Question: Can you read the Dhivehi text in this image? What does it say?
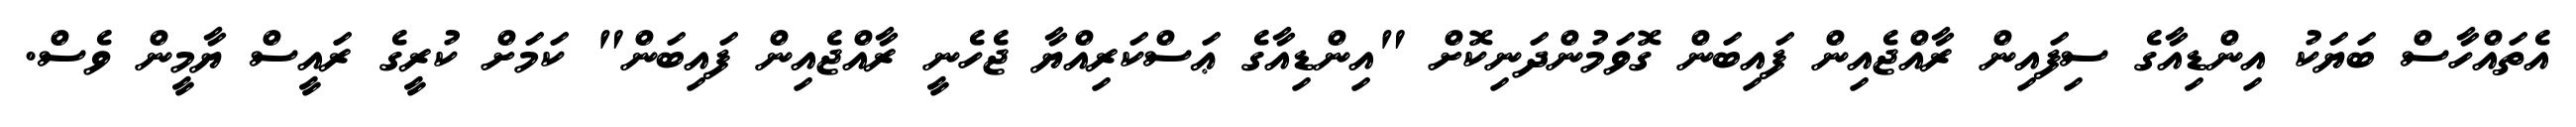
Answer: އެތައްހާސް ބަޔަކު އިންޑިއާގެ ސިފައިން ރާއްޖެއިން ފައިބަން ގޮވަމުންދަނިކޮށް "އިންޑިއާގެ ޢަސްކަރިއްޔާ ޖެހެނީ ރާއްޖެއިން ފައިބަން" ކަމަށް ކުރީގެ ރައީސް ޔާމީން ވެސް.